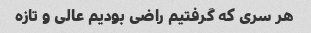
هر سری که گرفتیم راضی بودیم عالی و تازه